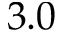
3 . 0